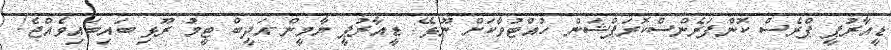
ޑީއާރުޕީ ޕްރެސް ކޮންފަރެންސްކޮރަޕްޝަން ހުއްޓުވާކަށް ނޫޅޭ: ޑީއާރުޕީ ޔާމީން-އަދީބް ޓީމު ރޫޅި ބައިބައިވެއްޖެ!